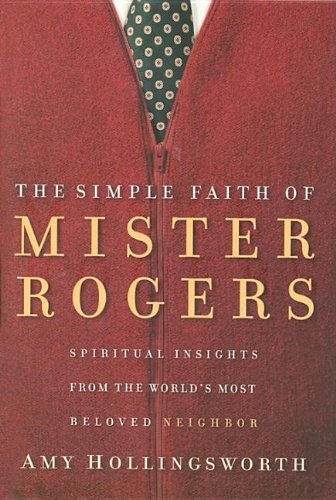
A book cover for The Simple Faith of Mr. Rogers: Spiritual Insights from the World's Most Beloved Neighbor; Amy Hollingsworth; Christian Books & Bibles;